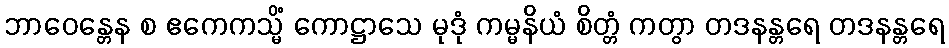
ဘာဝေန္တေန စ ဧကေကသ္မိံ ကောဋ္ဌာသေ မုဒုံ ကမ္မနိယံ စိတ္တံ ကတွာ တဒနန္တရေ တဒနန္တရေ